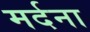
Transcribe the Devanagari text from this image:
मर्दना